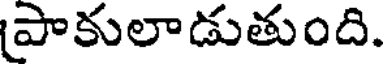
పాకులాడుతుంది.